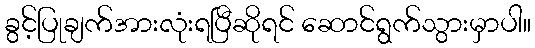
ခွင့်ပြုချက်အားလုံးရပြီဆိုရင် ဆောင်ရွက်သွားမှာပါ။